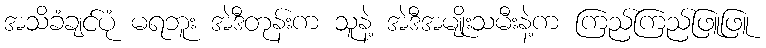
အသိခံချင်ပုံ မရဘူး အဲဒီတုန်းက သူနဲ့ အဲဒီအမျိုးသမီးနဲ့က ကြည်ကြည်ဖြူဖြူ